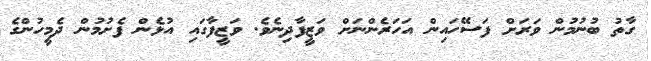
ގާތު ބުނުމުން ވަރަށް ފަސޭހައިން އަހަރެންނަށް ވަޒީފާދިނެވެ. ވަޒީފާގައި އުޅެން ފެށުމުން ދެމީހުންގެ